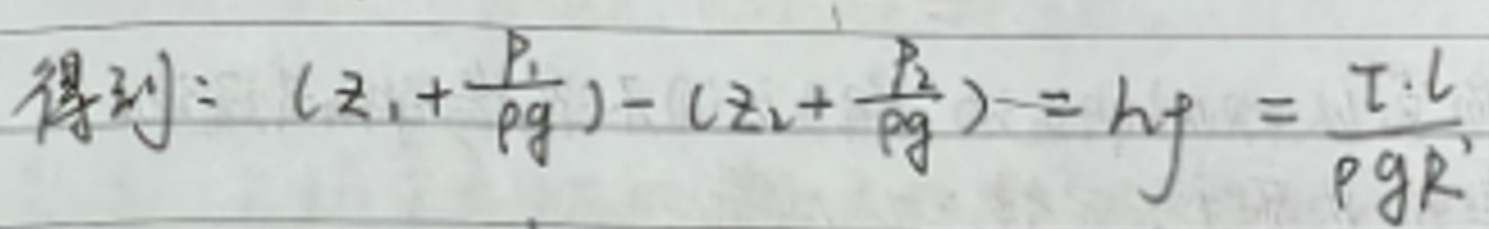
得到: $(z_1+\frac{p_1}{\rho g})-(z_2+\frac{p_2}{\rho g}) = h_f=\frac{\tau\cdot l}{\rho g R}$